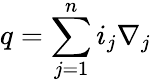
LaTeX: q=\sum_{j=1}^{n}{i_{j}\nabla_{j}}